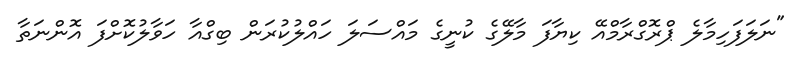
"ނަލަފަހިމާލެ ޕްރޮގްރާމްއޭ ކިޔާފަ މާލޭގެ ކުނީގެ މައްސަލަ ހައްލުކުރަން ބިގްއާ ހަވާލުކޮށްފަ އޮންނަތާ